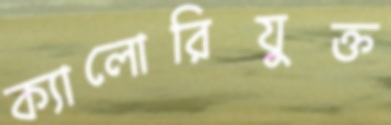
ক্যালোরিযুক্ত